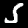
Label: 5